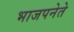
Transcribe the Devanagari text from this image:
भाजपनेते